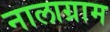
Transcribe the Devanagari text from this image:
नालाग्राम